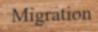
Migration